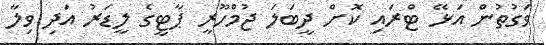
ވަގުތުން އަޅޭ ޓްރައި ކޮށް ދީބަލަ ޖުމްހޫރީ ޕާޓީގެ ލީޑަރު އަދި ވިލާ